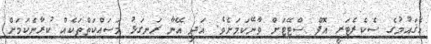
އެޤައުމުގެ ސެކެރެޓަރީ އޮފް ސްޓޭޓަށް ވާނޭކަމަށެވެ. އަދި އޭނާ ރަނގަޅު މަސައްކަތްތަކެއް ކުރާނެކަމަށް